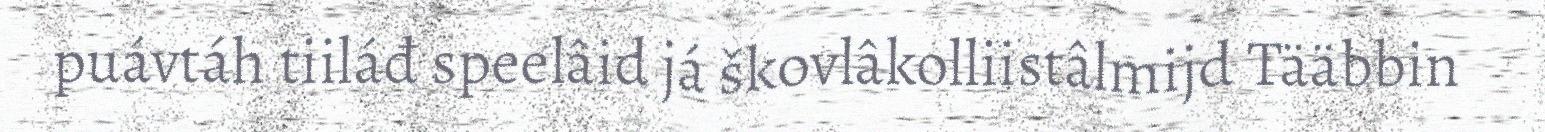
puávtáh tiiláđ speelâid já škovlâkolliistâlmijd Tääbbin